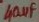
Text: 40µF